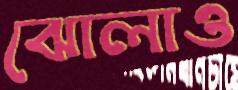
ঝোলাও